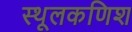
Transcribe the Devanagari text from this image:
स्थूलकणिश